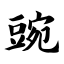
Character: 豌